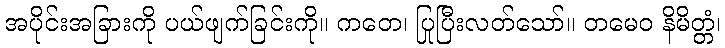
အပိုင်းအခြားကို ပယ်ဖျက်ခြင်းကို။ ကတေ၊ ပြုပြီးလတ်သော်။ တမေဝ နိမိတ္တံ၊